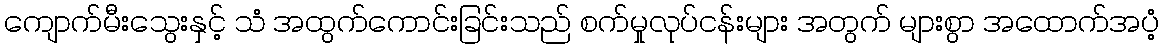
ကျောက်မီးသွေးနှင့် သံ အထွက်ကောင်းခြင်းသည် စက်မှုလုပ်ငန်းများ အတွက် များစွာ အထောက်အပံ့